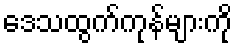
ဒေသထွက်ကုန်များကို